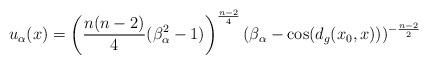
LaTeX: \begin{align*} u_\alpha(x)= \left(\frac{n(n-2)}{4}(\beta_\alpha^2-1) \right)^{\frac{n-2}{4}}(\beta_\alpha-\cos(d_g(x_0,x)))^{-\frac{n-2}{2}} \end{align*}